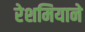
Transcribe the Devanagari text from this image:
रेशमियाने